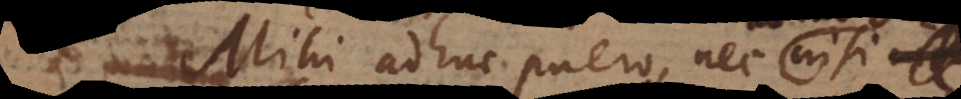
Mihi adhuc puero nec dum